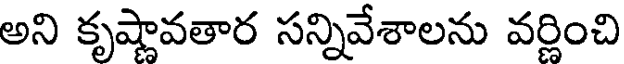
అని కృష్ణావతార సన్నివేశాలను వర్ణించి